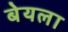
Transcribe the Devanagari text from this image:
बेयला